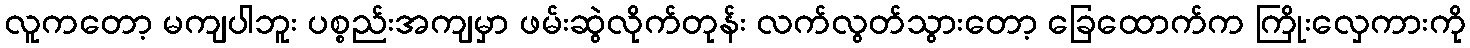
လူကတော့ မကျပါဘူး ပစ္စည်းအကျမှာ ဖမ်းဆွဲလိုက်တုန်း လက်လွတ်သွားတော့ ခြေထောက်က ကြိုးလှေကားကို